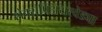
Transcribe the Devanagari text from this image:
शेक्सपिअयरवेड्या